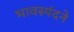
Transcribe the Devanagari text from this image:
भावस्पंदने